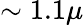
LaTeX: \sim 1.1\mu